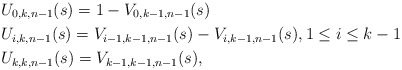
\begin{align*}&U_{0,k,n-1}(s)=1-V_{0,k-1,n-1}(s)\\&U_{i,k,n-1}(s)=V_{i-1,k-1,n-1}(s)-V_{i,k-1,n-1}(s),1\le i\le k-1\\&U_{k,k,n-1}(s)=V_{k-1,k-1,n-1}(s), \end{align*}